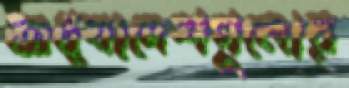
অধ্যাদেশগুলোর